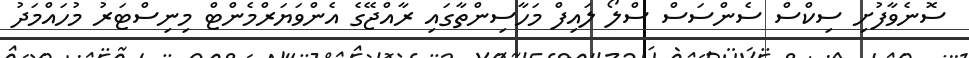
ސޮނެވާފުށި ސިކްސް ސެންސަސް ސްލޯ ލައިފް މަހާސިންތާގައި ރާއްޖޭގެ އެންވަޔަރްމެންޓް މިނިސްޓަރު މުހައްމަދު